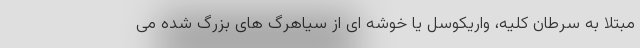
مبتلا به سرطان کلیه، واریکوسل یا خوشه ای از سیاهرگ های بزرگ شده می